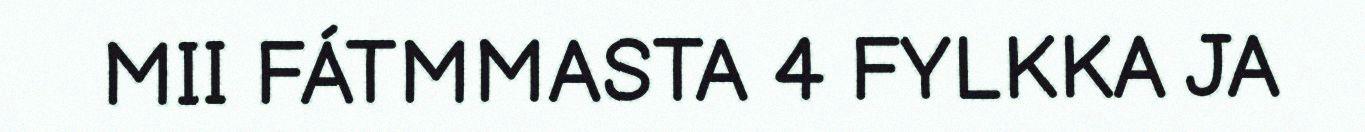
MII FÁTMMASTA 4 FYLKKA JA